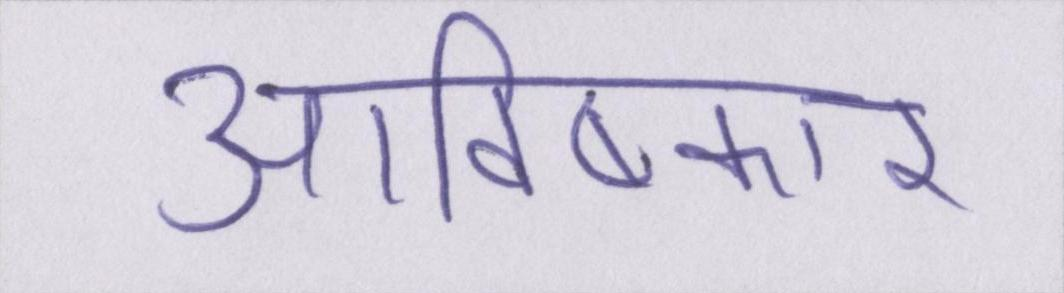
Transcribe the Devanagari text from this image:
आविष्कार